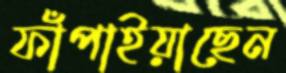
ফাঁপাইয়াছেন